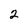
Character: 2